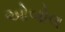
ઓબોલ